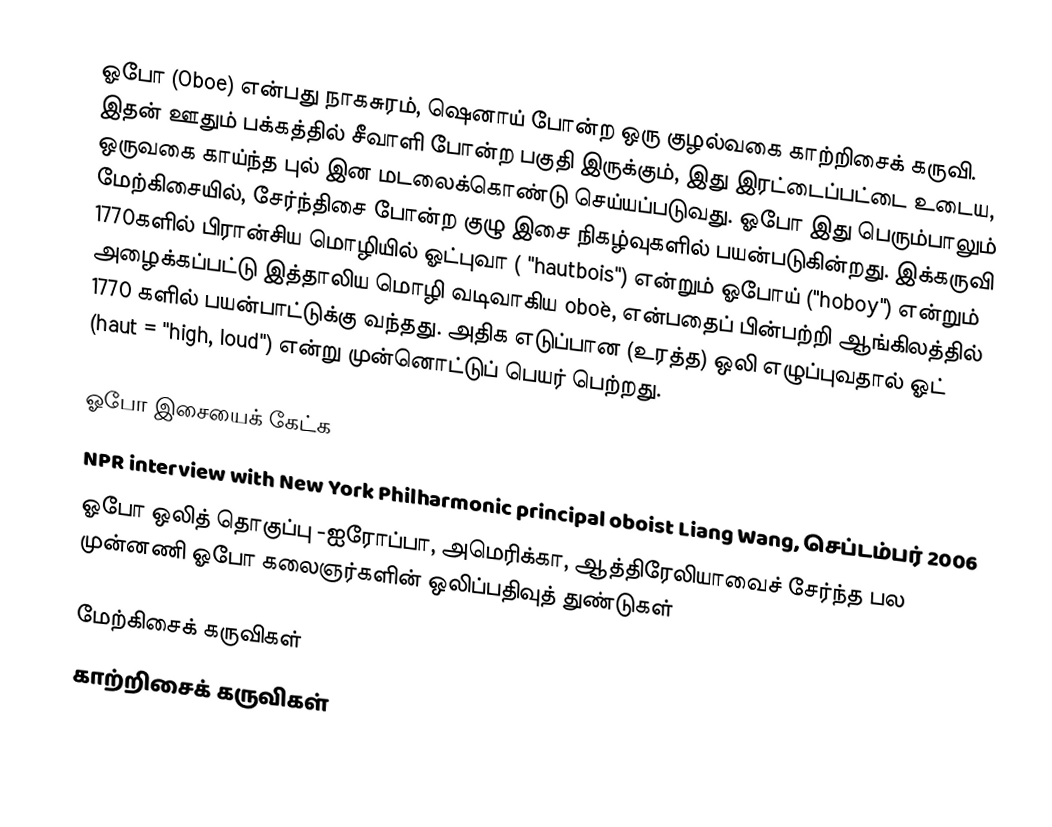
ஓபோ (Oboe) என்பது நாகசுரம், ஷெனாய் போன்ற ஒரு குழல்வகை காற்றிசைக் கருவி. இதன் ஊதும் பக்கத்தில் சீவாளி போன்ற பகுதி இருக்கும், இது இரட்டைப்பட்டை உடைய, ஒருவகை காய்ந்த புல் இன மடலைக்கொண்டு செய்யப்படுவது. ஓபோ இது பெரும்பாலும் மேற்கிசையில், சேர்ந்திசை போன்ற குழு இசை நிகழ்வுகளில் பயன்படுகின்றது. இக்கருவி 1770களில் பிரான்சிய மொழியில் ஓட்புவா ( "hautbois") என்றும் ஓபோய் ("hoboy") என்றும் அழைக்கப்பட்டு இத்தாலிய மொழி வடிவாகிய oboè, என்பதைப் பின்பற்றி ஆங்கிலத்தில் 1770 களில் பயன்பாட்டுக்கு வந்தது. அதிக எடுப்பான (உரத்த) ஒலி எழுப்புவதால் ஓட் (haut = "high, loud") என்று முன்னொட்டுப் பெயர் பெற்றது.

ஓபோ இசையைக் கேட்க
NPR interview with New York Philharmonic principal oboist Liang Wang, செப்டம்பர் 2006
ஓபோ ஒலித் தொகுப்பு  -ஐரோப்பா, அமெரிக்கா, ஆத்திரேலியாவைச் சேர்ந்த பல முன்னணி ஓபோ கலைஞர்களின் ஒலிப்பதிவுத் துண்டுகள்

மேற்கிசைக் கருவிகள்
காற்றிசைக் கருவிகள்